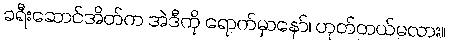
ခရီးဆောင်အိတ်က အဲဒီကို ရောက်မှာနော်၊ ဟုတ်တယ်မလား။